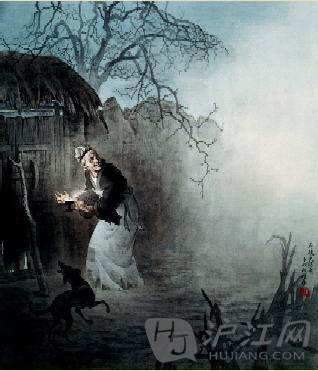
老翁逾墙走，老妇出门看。